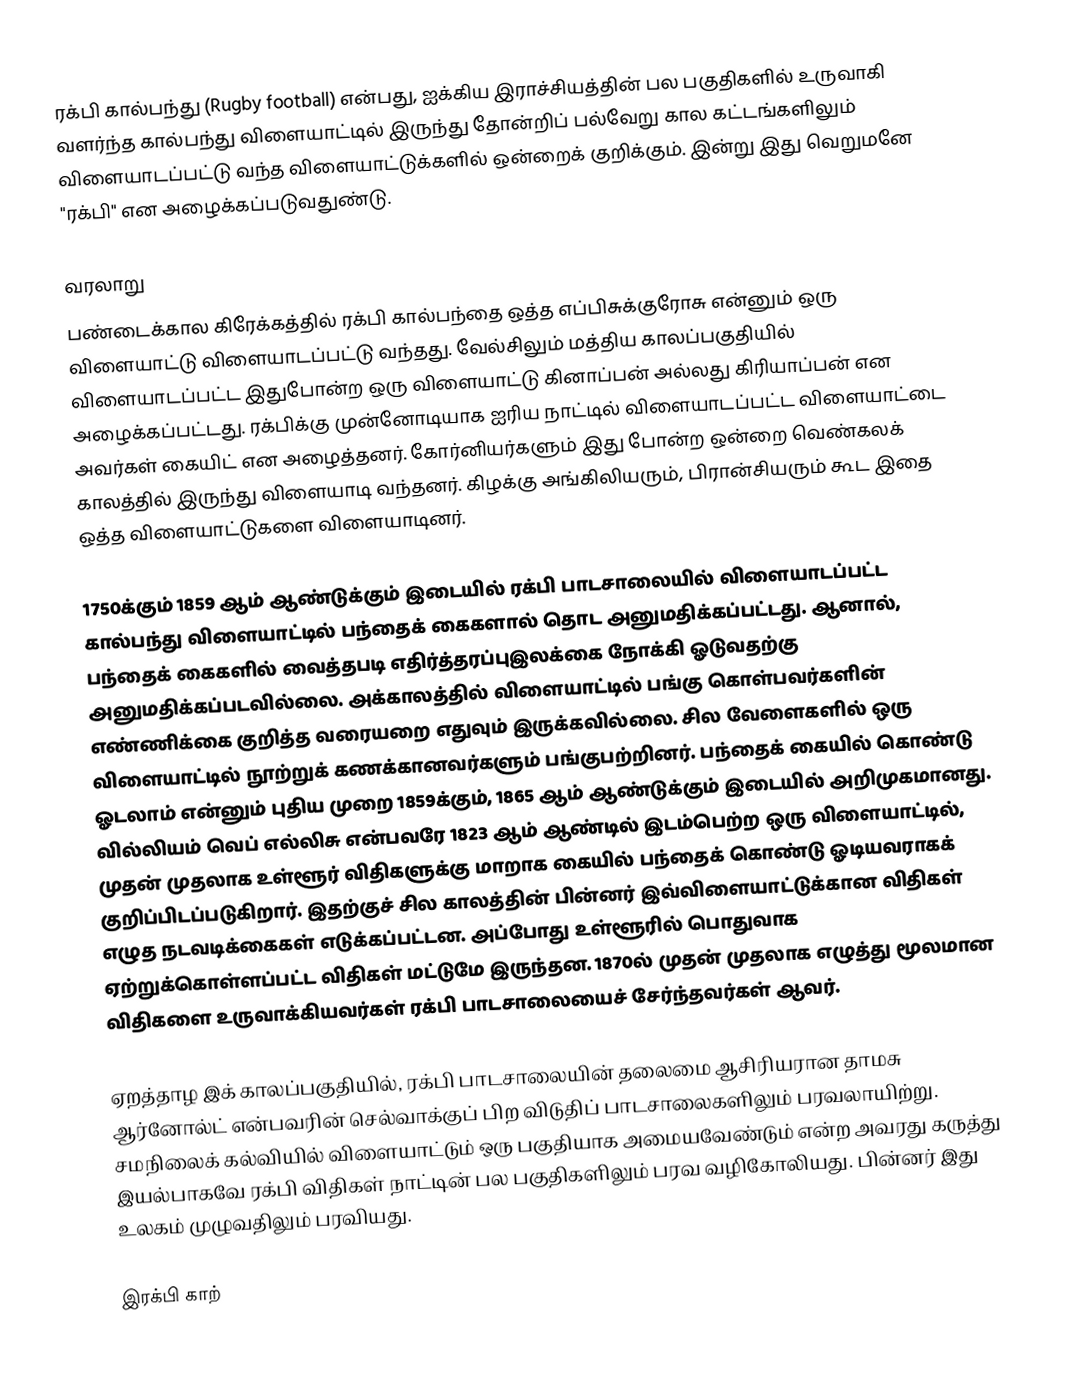
ரக்பி கால்பந்து (Rugby football) என்பது, ஐக்கிய இராச்சியத்தின் பல பகுதிகளில் உருவாகி வளர்ந்த கால்பந்து விளையாட்டில் இருந்து தோன்றிப் பல்வேறு கால கட்டங்களிலும் விளையாடப்பட்டு வந்த விளையாட்டுக்களில் ஒன்றைக் குறிக்கும். இன்று இது வெறுமனே "ரக்பி" என அழைக்கப்படுவதுண்டு.

வரலாறு
பண்டைக்கால கிரேக்கத்தில் ரக்பி கால்பந்தை ஒத்த எப்பிசுக்குரோசு என்னும் ஒரு விளையாட்டு விளையாடப்பட்டு வந்தது. வேல்சிலும் மத்திய காலப்பகுதியில் விளையாடப்பட்ட இதுபோன்ற ஒரு விளையாட்டு கினாப்பன் அல்லது கிரியாப்பன் என அழைக்கப்பட்டது. ரக்பிக்கு முன்னோடியாக ஐரிய நாட்டில் விளையாடப்பட்ட விளையாட்டை அவர்கள் கையிட் என அழைத்தனர். கோர்னியர்களும் இது போன்ற ஒன்றை வெண்கலக் காலத்தில் இருந்து விளையாடி வந்தனர். கிழக்கு அங்கிலியரும், பிரான்சியரும் கூட இதை ஒத்த விளையாட்டுகளை விளையாடினர்.

1750க்கும் 1859 ஆம் ஆண்டுக்கும் இடையில் ரக்பி பாடசாலையில் விளையாடப்பட்ட கால்பந்து விளையாட்டில் பந்தைக் கைகளால் தொட அனுமதிக்கப்பட்டது. ஆனால், பந்தைக் கைகளில் வைத்தபடி எதிர்த்தரப்புஇலக்கை நோக்கி ஓடுவதற்கு அனுமதிக்கப்படவில்லை. அக்காலத்தில் விளையாட்டில் பங்கு கொள்பவர்களின் எண்ணிக்கை குறித்த வரையறை எதுவும் இருக்கவில்லை. சில வேளைகளில் ஒரு விளையாட்டில் நூற்றுக் கணக்கானவர்களும் பங்குபற்றினர். பந்தைக் கையில் கொண்டு ஓடலாம் என்னும் புதிய முறை 1859க்கும், 1865 ஆம் ஆண்டுக்கும் இடையில் அறிமுகமானது. வில்லியம் வெப் எல்லிசு என்பவரே 1823 ஆம் ஆண்டில் இடம்பெற்ற ஒரு விளையாட்டில், முதன் முதலாக உள்ளூர் விதிகளுக்கு மாறாக கையில் பந்தைக் கொண்டு ஓடியவராகக் குறிப்பிடப்படுகிறார். இதற்குச் சில காலத்தின் பின்னர் இவ்விளையாட்டுக்கான விதிகள் எழுத நடவடிக்கைகள் எடுக்கப்பட்டன. அப்போது உள்ளூரில் பொதுவாக ஏற்றுக்கொள்ளப்பட்ட விதிகள் மட்டுமே இருந்தன. 1870ல் முதன் முதலாக எழுத்து மூலமான விதிகளை உருவாக்கியவர்கள் ரக்பி பாடசாலையைச் சேர்ந்தவர்கள் ஆவர்.

ஏறத்தாழ இக் காலப்பகுதியில், ரக்பி பாடசாலையின் தலைமை ஆசிரியரான தாமசு ஆர்னோல்ட் என்பவரின் செல்வாக்குப் பிற விடுதிப் பாடசாலைகளிலும் பரவலாயிற்று. சமநிலைக் கல்வியில் விளையாட்டும் ஒரு பகுதியாக அமையவேண்டும் என்ற அவரது கருத்து இயல்பாகவே ரக்பி விதிகள் நாட்டின் பல பகுதிகளிலும் பரவ வழிகோலியது. பின்னர் இது உலகம் முழுவதிலும் பரவியது.

இரக்பி காற்